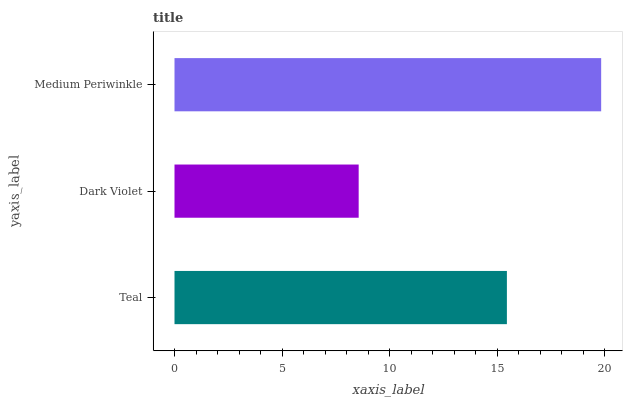
| yaxis_label | bars |
 | --- | --- |
 | Teal | 15.5 |
 | Dark Violet | 8.56 |
 | Medium Periwinkle | 19.8 |